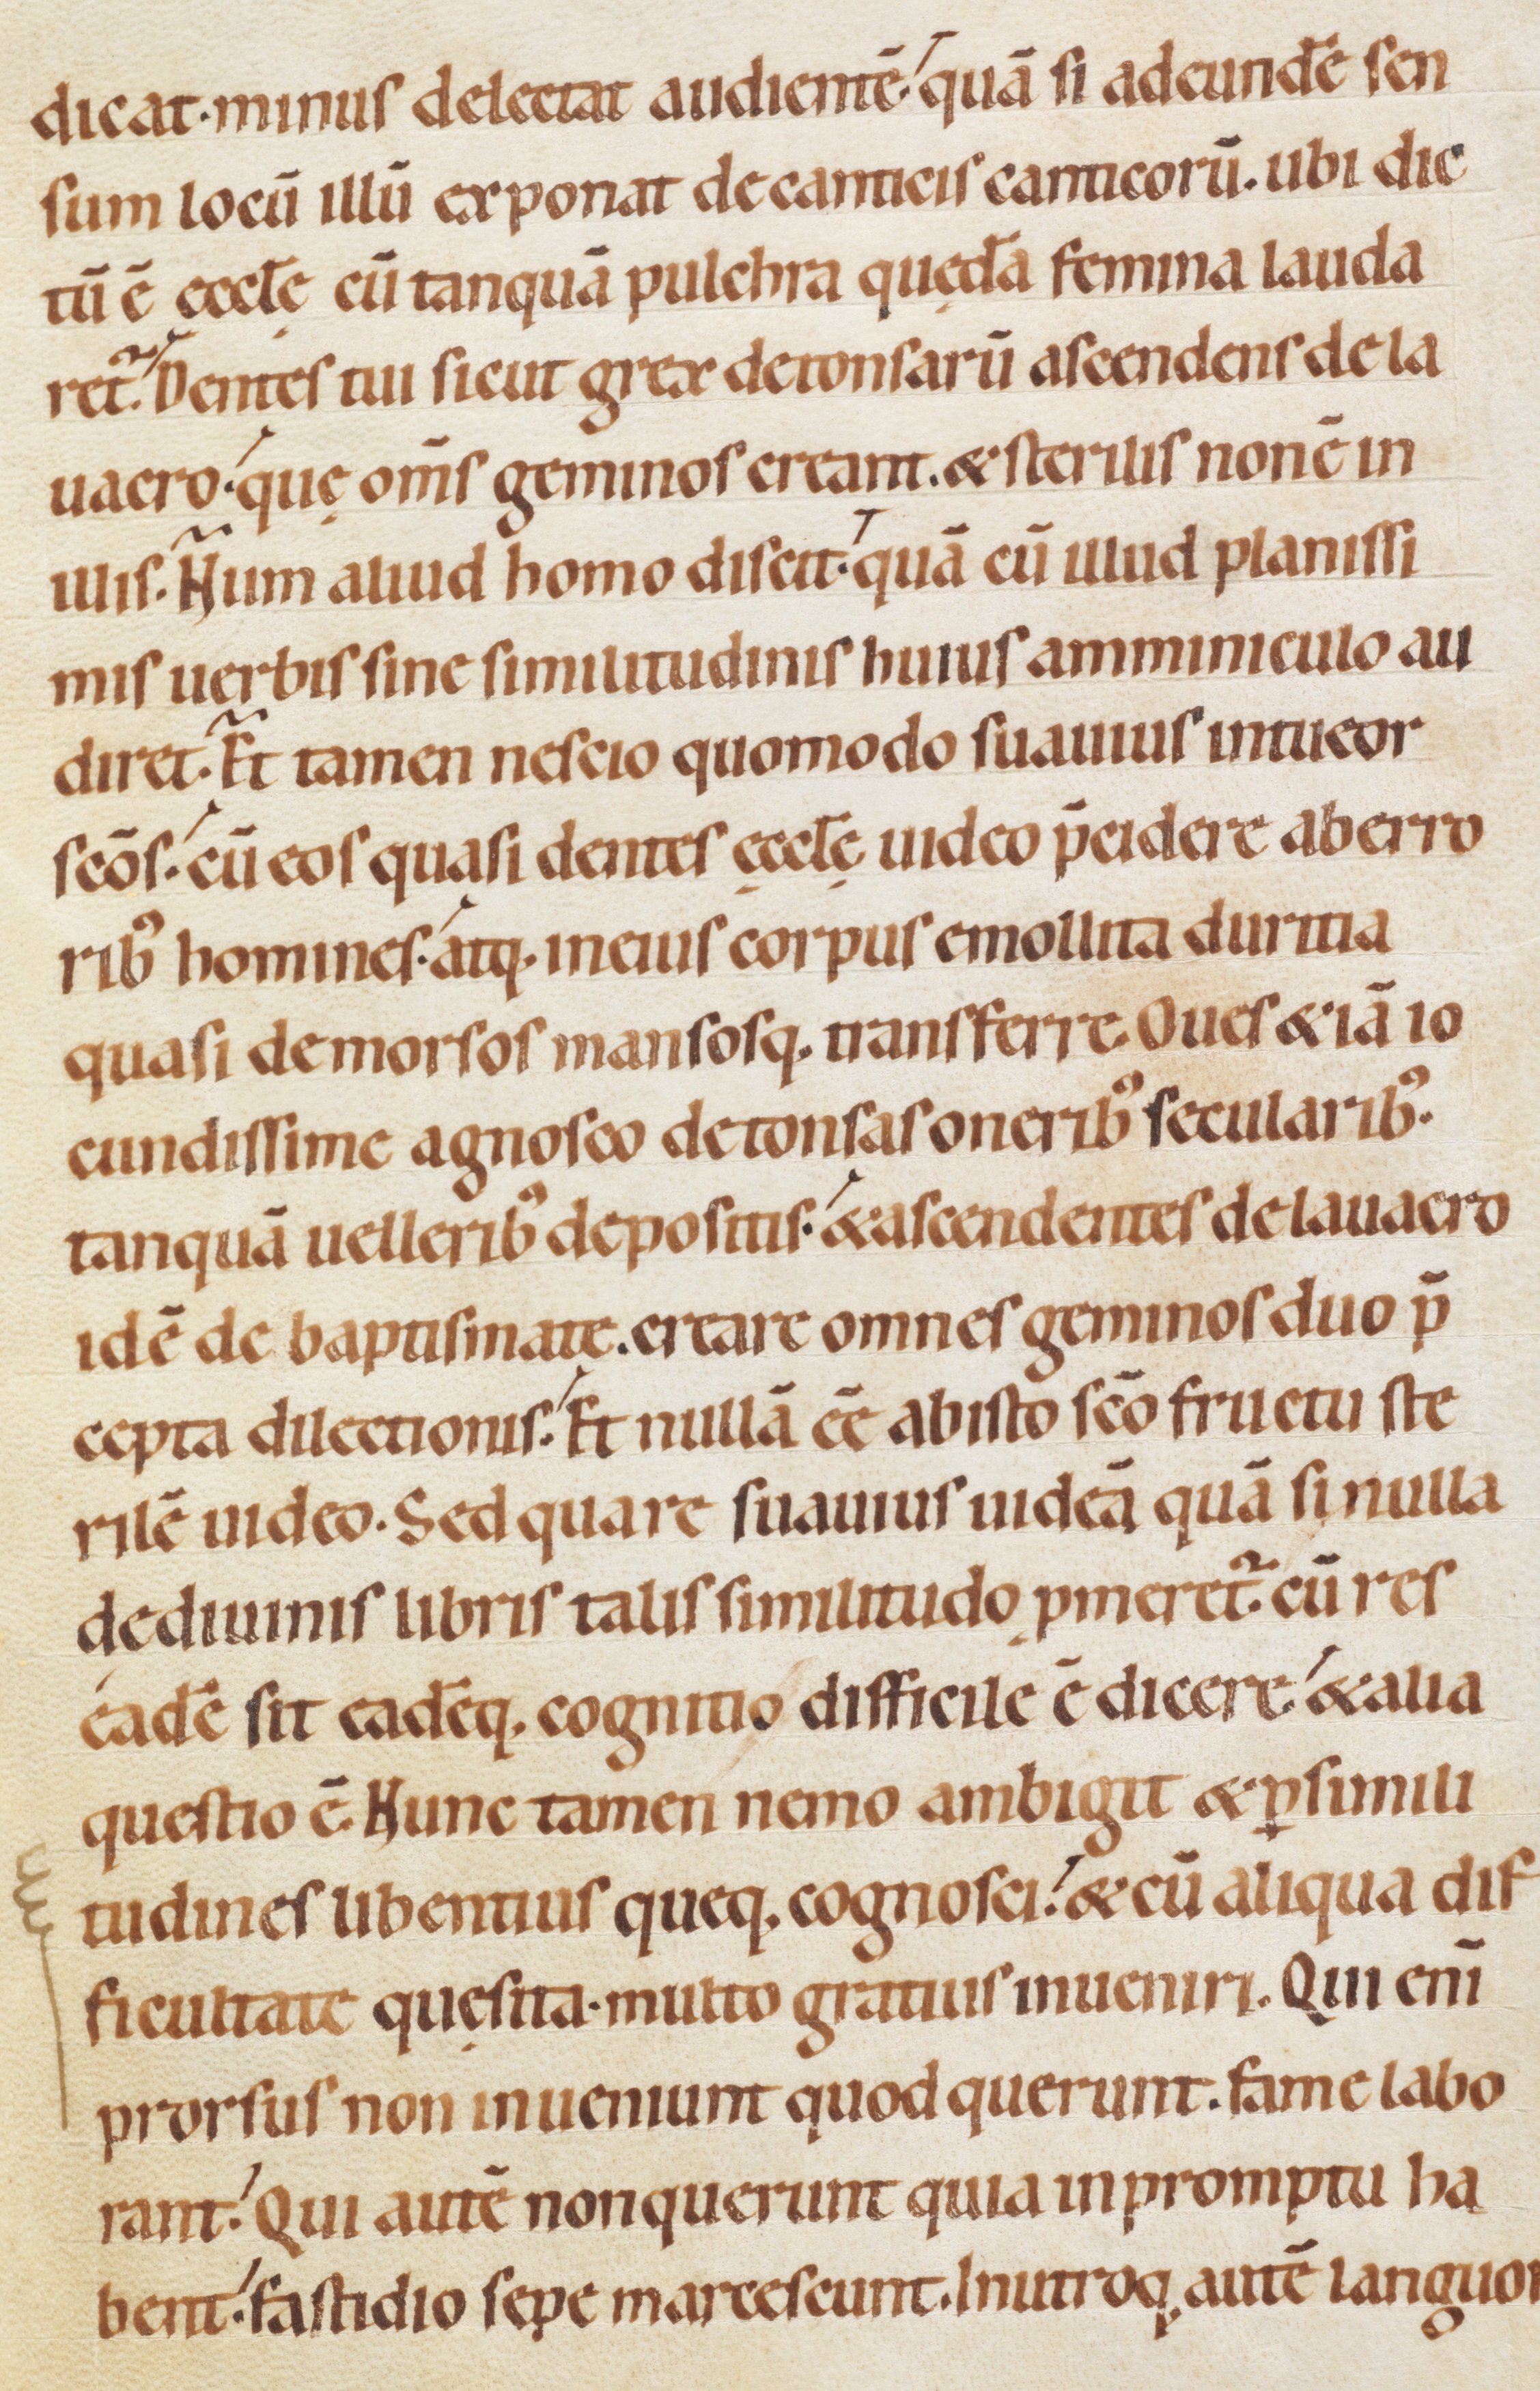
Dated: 1080–1096